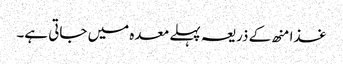
غذا منھ کے ذریعہ پہلے معدہ میں جاتی ہے۔